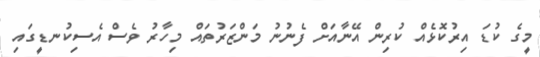
މީގެ ކުޑަ އިރުކޮޅެއް ކުރިން އޭނާއަށް ފެނުނު މަންޒަރުތައް މިހާރު ވެސް އެސިކުނޑީގައި